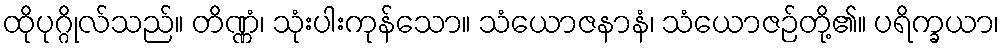
ထိုပုဂ္ဂိုလ်သည်။ တိဏ္ဏံ၊ သုံးပါးကုန်သော။ သံယောဇနာနံ၊ သံယောဇဉ်တို့၏။ ပရိက္ခယာ၊